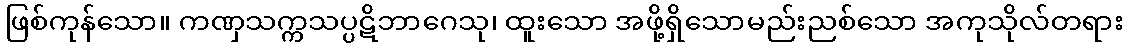
ဖြစ်ကုန်သော။ ကဏှသက္ကသပ္ပဋိဘာဂေသု၊ ထူးသော အဖို့ရှိသောမည်းညစ်သော အကုသိုလ်တရား